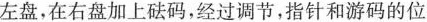
左盘，在右盘加上砝码，经过调节，指针和游码的位